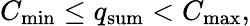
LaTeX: C_{\mathrm{min}}\leq q_{\mathrm{sum}}<C_{\mathrm{max}},